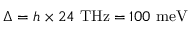
\Delta = h \times 2 4 ~ \mathrm { T H z } = 1 0 0 ~ \mathrm { m e V }